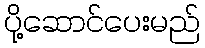
ပို့ဆောင်ပေးမည်